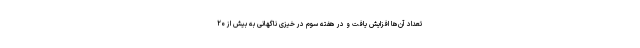
تعداد آن‌ها افزایش یافت و در هفته سوم در خیزی ناگهانی به بیش از ۲۰